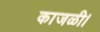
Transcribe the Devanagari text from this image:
काजळी।